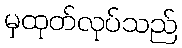
မှထုတ်လုပ်သည်